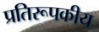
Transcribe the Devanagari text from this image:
प्रतिरूपकीय